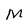
Character: M